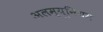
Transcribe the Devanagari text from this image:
अलम्यूनियम